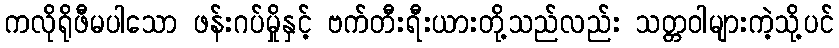
ကလိုရိုဖီမပါသော ဖန်းဂပ်မှိုနှင့် ဗက်တီးရီးယားတို့သည်လည်း သတ္တဝါများကဲ့သို့ပင်